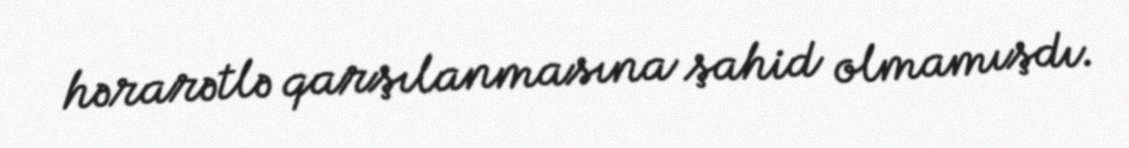
hərarətlə qarşılanmasına şahid olmamışdı.